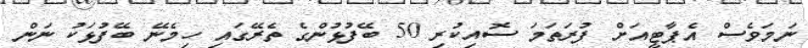
ނަމަވެސް އެޕާޓީއަށް ފުރަތަމަ ސޮއިކުރި 50 ބޭފުޅުންގެ ތެރޭގައި ހިމެނޭ ބޭފުޅަކު ނަން